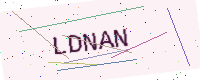
Text: LDNAN